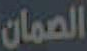
الصمان